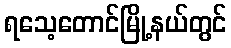
ရသေ့တောင်မြို့နယ်တွင်